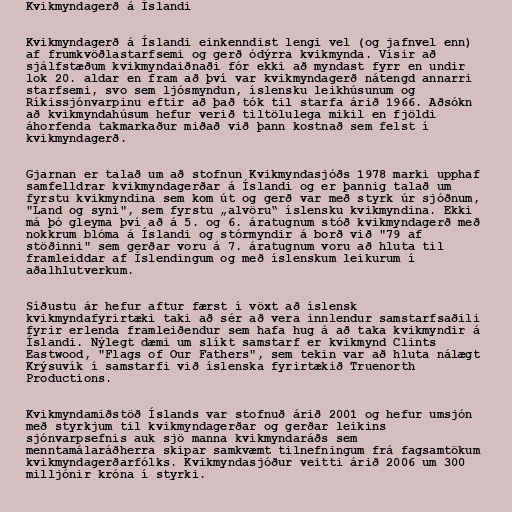
Kvikmyndagerð á Íslandi

Kvikmyndagerð á Íslandi einkenndist lengi vel (og jafnvel enn)
af frumkvöðlastarfsemi og gerð ódýrra kvikmynda. Vísir að
sjálfstæðum kvikmyndaiðnaði fór ekki að myndast fyrr en undir
lok 20. aldar en fram að því var kvikmyndagerð nátengd annarri
starfsemi, svo sem ljósmyndun, íslensku leikhúsunum og
Ríkissjónvarpinu eftir að það tók til starfa árið 1966. Aðsókn
að kvikmyndahúsum hefur verið tiltölulega mikil en fjöldi
áhorfenda takmarkaður miðað við þann kostnað sem felst í
kvikmyndagerð.

Gjarnan er talað um að stofnun Kvikmyndasjóðs 1978 marki upphaf
samfelldrar kvikmyndagerðar á Íslandi og er þannig talað um
fyrstu kvikmyndina sem kom út og gerð var með styrk úr sjóðnum,
"Land og syni", sem fyrstu „alvöru“ íslensku kvikmyndina. Ekki
má þó gleyma því að á 5. og 6. áratugnum stóð kvikmyndagerð með
nokkrum blóma á Íslandi og stórmyndir á borð við "79 af
stöðinni" sem gerðar voru á 7. áratugnum voru að hluta til
framleiddar af Íslendingum og með íslenskum leikurum í
aðalhlutverkum.

Síðustu ár hefur aftur færst í vöxt að íslensk
kvikmyndafyrirtæki taki að sér að vera innlendur samstarfsaðili
fyrir erlenda framleiðendur sem hafa hug á að taka kvikmyndir á
Íslandi. Nýlegt dæmi um slíkt samstarf er kvikmynd Clints
Eastwood, "Flags of Our Fathers", sem tekin var að hluta nálægt
Krýsuvík í samstarfi við íslenska fyrirtækið Truenorth
Productions.

Kvikmyndamiðstöð Íslands var stofnuð árið 2001 og hefur umsjón
með styrkjum til kvikmyndagerðar og gerðar leikins
sjónvarpsefnis auk sjö manna kvikmyndaráðs sem
menntamálaráðherra skipar samkvæmt tilnefningum frá fagsamtökum
kvikmyndagerðarfólks. Kvikmyndasjóður veitti árið 2006 um 300
milljónir króna í styrki.